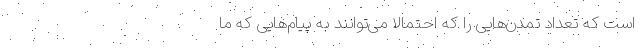
است که تعداد تمدن‌هایی را که احتمالاً می‌توانند به پیام‌هایی که ما